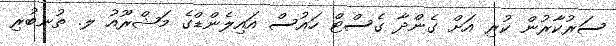
ސަރުކާރުން ކުރި އަށް ގެންދާ ގެސްޓް ހައުސް އައިލެންޑްގެ މަޝްރޫއު ލ. ތުނބުރި